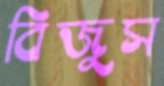
বিজুস